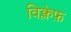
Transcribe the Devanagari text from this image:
विक्लेफ़